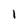
Character: 1